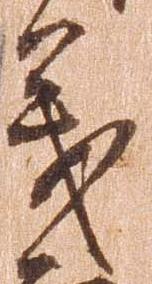
義